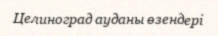
Целиноград ауданы өзендері